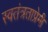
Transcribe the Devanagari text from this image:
स्वतंत्रताप्रेमी